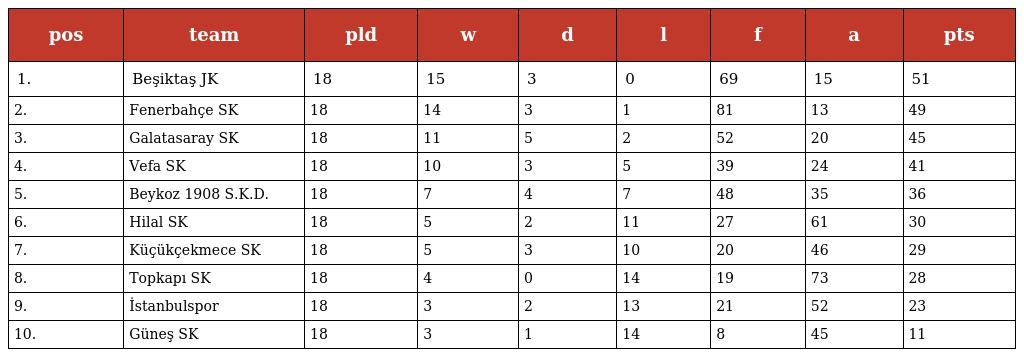
| pos | team | pld | w | d | l | f | a | pts |
 | --- | --- | --- | --- | --- | --- | --- | --- | --- |
 | 1. | Beşiktaş JK | 18 | 15 | 3 | 0 | 69 | 15 | 51 |
 | 2. | Fenerbahçe SK | 18 | 14 | 3 | 1 | 81 | 13 | 49 |
 | 3. | Galatasaray SK | 18 | 11 | 5 | 2 | 52 | 20 | 45 |
 | 4. | Vefa SK | 18 | 10 | 3 | 5 | 39 | 24 | 41 |
 | 5. | Beykoz 1908 S.K.D. | 18 | 7 | 4 | 7 | 48 | 35 | 36 |
 | 6. | Hilal SK | 18 | 5 | 2 | 11 | 27 | 61 | 30 |
 | 7. | Küçükçekmece SK | 18 | 5 | 3 | 10 | 20 | 46 | 29 |
 | 8. | Topkapı SK | 18 | 4 | 0 | 14 | 19 | 73 | 28 |
 | 9. | İstanbulspor | 18 | 3 | 2 | 13 | 21 | 52 | 23 |
 | 10. | Güneş SK | 18 | 3 | 1 | 14 | 8 | 45 | 11 |